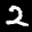
Digit: 2